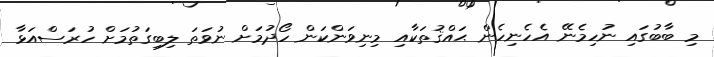
މި ބާބުގައި ނުހިމެނޭ އެހެނިހެން ޙައްޤުތަކާއި މިނިވަންކަން ހޯދުމަށް ނުވަތަ ލިބިގަތުމަށް ހުރަސްއަޅާ